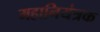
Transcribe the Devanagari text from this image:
महानियंत्रक